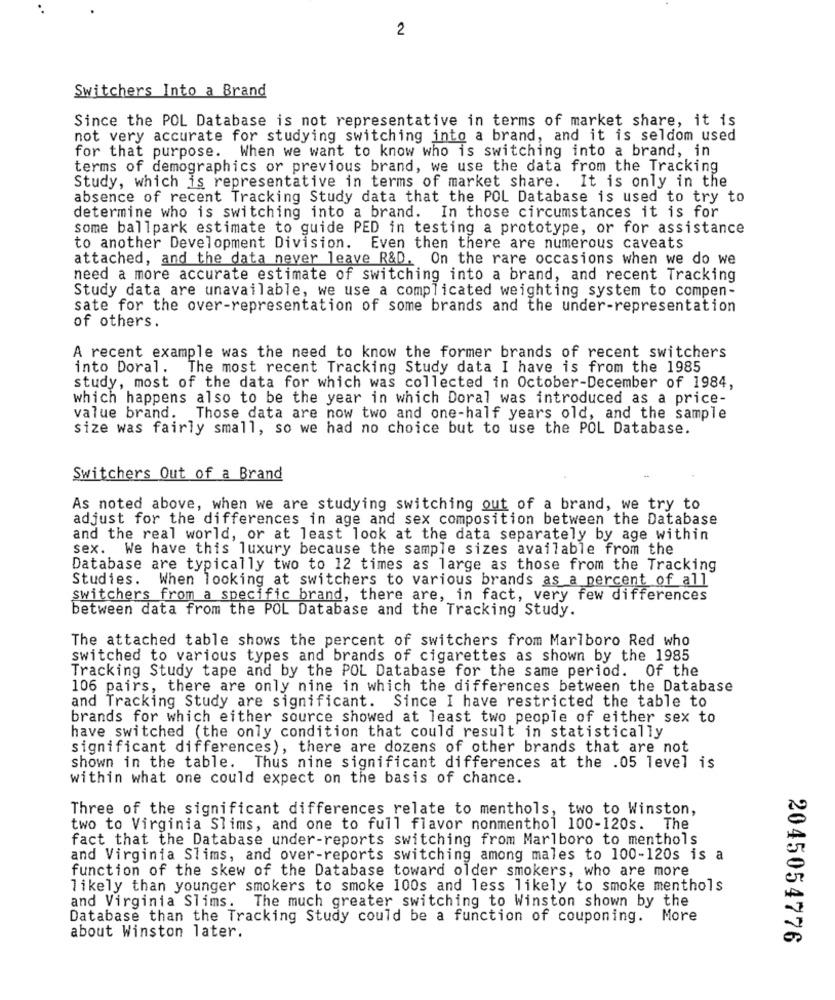
2
Switchers Into a Brand
Since the POL Database is not representative in terms of market share, it is
not very accurate for studying switching into a brand, and it is seldom used
for that purpose. When we want to know who is switching into a brand, in
terms of demographics or previous brand, we use the data from the Tracking
Study, which is representative in terms of market share. It is only in the
absence of recent Tracking Study data that the POL Database is used to try to
determine who is switching into a brand. In those circumstances it is for
some ballpark estimate to guide PED in testing a prototype, or for assistance
to another Development Division. Even then there are numerous caveats
attached, and the data never leave R&D. On the rare occasions when we do we
need a more accurate estimate of switching into a brand, and recent Tracking
Study data are unavailable, we use a complicated weighting system to compen-
sate for the over-representation of some brands and the under-representation
of others.
A recent example was the need to know the former brands of recent switchers
into Doral.
The most recent Tracking Study data I have is from the 1985
study, most of the data for which was collected in October-December of 1984,
which happens also to be the year in which Doral was introduced as a price-
value brand. Those data are now two and one-half years old, and the sample
size was fairly small, so we had no choice but to use the POL Database.
Switchers Out of a Brand
As noted above, when we are studying switching out of a brand, we try to
adjust for the differences in age and sex composition between the Database
and the real world, or at least look at the data separately by age within
sex. We have this luxury because the sample sizes available from the
Database are typically two to 12 times as large as those from the Tracking
Studies. When looking at switchers to various brands as a percent of all
switchers from a specific brand, there are, in fact, very few differences
between data from the POL Database and the Tracking Study.
The attached table shows the percent of switchers from Marlboro Red who
switched to various types and brands of cigarettes as shown by the 1985
Tracking Study tape and by the POL Database for the same period. Of the
106 pairs, there are only nine in which the differences between the Database
and Tracking Study are significant. Since I have restricted the table to
brands for which either source showed at least two people of either sex to
have switched (the only condition that could result in statistically
significant differences), there are dozens of other brands that are not
shown in the table. Thus nine significant differences at the .05 level is
within what one could expect on the basis of chance.
Three of the significant differences relate to menthols, two to Winston,
two to Virginia Slims, and one to full flavor nonmenthol 100-120s. The
fact that the Database under-reports switching from Marlboro to menthols
and Virginia Slims, and over-reports switching among males to 100-120s is a
function of the skew of the Database toward older smokers, who are more
likely than younger smokers to smoke 100s and less likely to smoke menthols
and Virginia Slims.
The much greater switching to Winston shown by the
Database than the Tracking Study could be a function of couponing. More
about Winston later.
2045054776